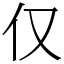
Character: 仅